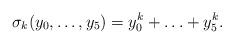
LaTeX: \begin{align*}\sigma_k(y_0,\ldots,y_5)=y_0^k+\ldots+y_5^k.\end{align*}